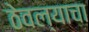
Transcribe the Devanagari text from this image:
ठेवल्याचा